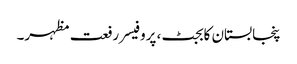
پنجابستان کابجٹ، پروفیسر رفعت مظہر۔